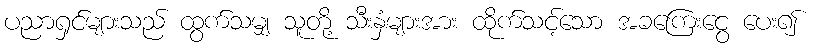
ပညာရှင်များသည် ထွက်သမျှ သူတို့ သီးနှံများအား ထိုက်သင့်သော အခကြေးငွေ ပေး၍